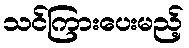
သင်ကြားပေးမည့်